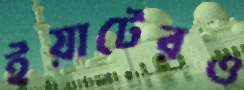
ইয়াটেরও